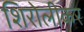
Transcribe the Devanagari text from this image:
शिरोलीकर